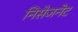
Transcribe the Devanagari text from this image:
निसेजनेट